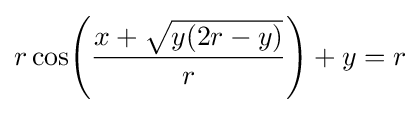
r\cos \!\left({\frac {x+{\sqrt {y(2r-y)}}}{r}}\right)+y=r